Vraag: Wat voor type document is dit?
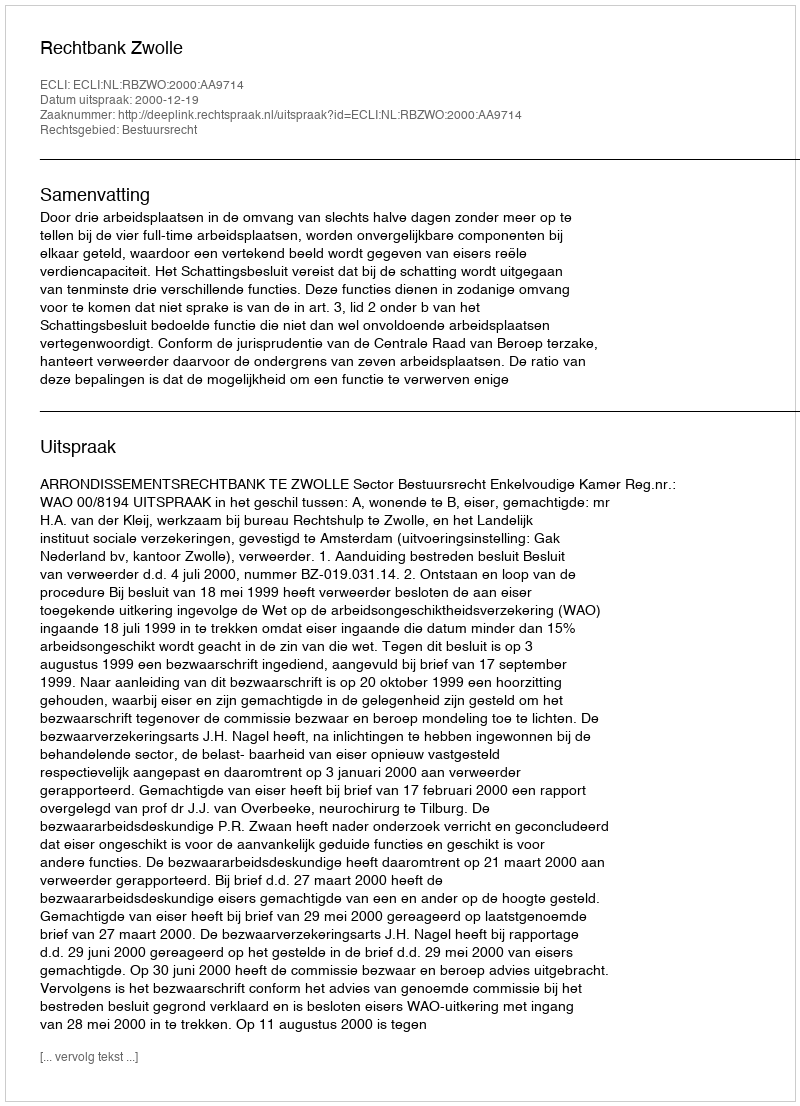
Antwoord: Uitspraak